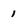
Character: I